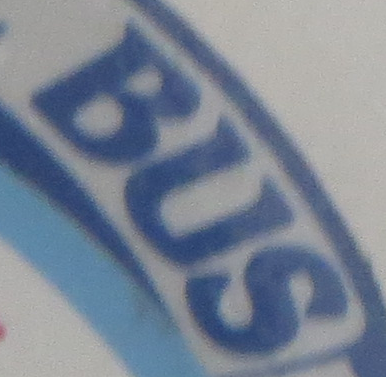
BUS